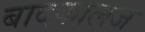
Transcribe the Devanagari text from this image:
बादकालज